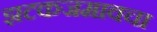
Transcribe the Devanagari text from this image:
झटकजमावचा